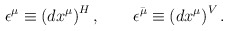
\begin{align*}\epsilon^{\mu} \equiv \left(dx^\mu\right)^H, \qquad \epsilon^{\bar\mu} \equiv \left(dx^\mu\right)^V.\end{align*}